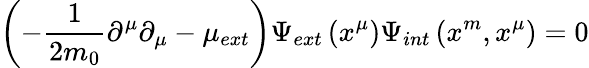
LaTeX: \left(-\frac{1}{2m_{0}}\partial^{\mu}\partial_{\mu}-\mu_{ext}\right)\Psi_{ext}\left(x^{\mu}\right)\Psi_{int}\left(x^{m},x^{\mu}\right)=0